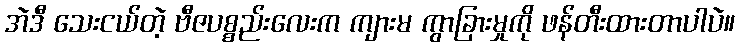
အဲဒီ သေးငယ်တဲ့ ဗီဇပစ္စည်းလေးက ကျားမ ကွာခြားမှုကို ဖန်တီးထားတာပါပဲ။